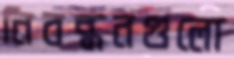
নিবন্ধনগুলো